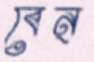
বেন্